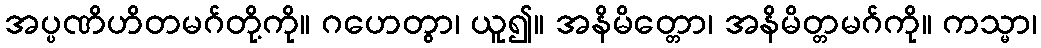
အပ္ပဏိဟိတမဂ်တို့ကို။ ဂဟေတွာ၊ ယူ၍။ အနိမိတ္တော၊ အနိမိတ္တမဂ်ကို။ ကသ္မာ၊